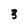
Character: 3